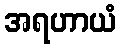
အရဟာယံ